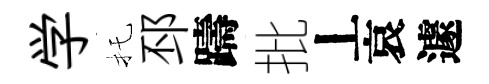
学托邳躊批丄哀遽